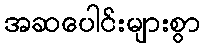
အဆပေါင်းများစွာ